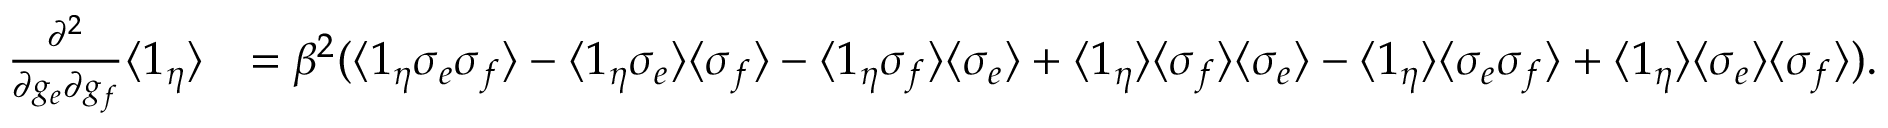
\begin{array} { r l } { \frac { \partial ^ { 2 } } { \partial g _ { e } \partial g _ { f } } \langle 1 _ { \eta } \rangle } & { = \beta ^ { 2 } ( \langle 1 _ { \eta } \sigma _ { e } \sigma _ { f } \rangle - \langle 1 _ { \eta } \sigma _ { e } \rangle \langle \sigma _ { f } \rangle - \langle 1 _ { \eta } \sigma _ { f } \rangle \langle \sigma _ { e } \rangle + \langle 1 _ { \eta } \rangle \langle \sigma _ { f } \rangle \langle \sigma _ { e } \rangle - \langle 1 _ { \eta } \rangle \langle \sigma _ { e } \sigma _ { f } \rangle + \langle 1 _ { \eta } \rangle \langle \sigma _ { e } \rangle \langle \sigma _ { f } \rangle ) . } \end{array}